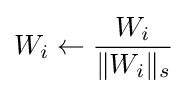
W_{i}\leftarrow {\frac {W_{i}}{\|W_{i}\|_{s}}}